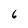
Character: 6